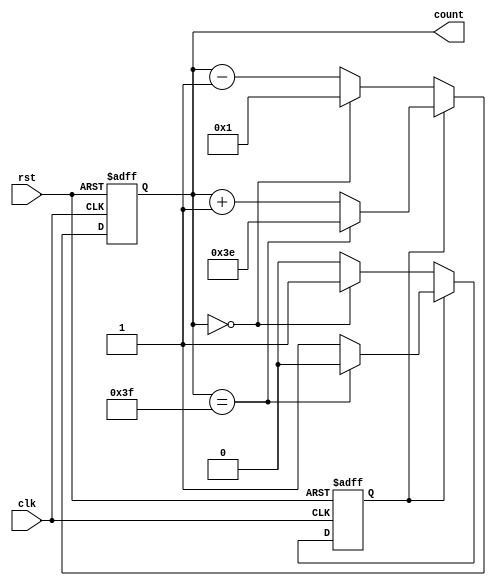
module Signal_Generator_270phase #(parameter WIDTH_TRIANG = 6)(
    input clk,        // Reloj de entrada
    input rst,        // Señal de reinicio
    output reg [WIDTH_TRIANG-1:0] count // Salida triangular de 12 bits
);

//reg [WIDTH_TRIANG-1:0] count; // contador de 12 bits
reg direction;

always @(posedge clk or posedge rst) begin
    if (rst) begin
        count <= 6'b00100000;
        direction <= 0;
    end
    else begin
        if (direction) begin
            if (count == 6'b111111) begin // 4095 en binario
                direction <= 0;
                count <= 6'b111110 ; end 
            else
                count <= count + 1;
        end
        else begin
            if (count == 6'b000000) begin// 0 en binario
                direction <= 1;
                count <= 6'b000001; end
            else
                count <= count - 1;
        end
    end
end

//assign triangular_out = count;

endmodule